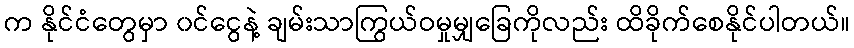
က နိုင်ငံတွေမှာ ၀င်ငွေနဲ့ ချမ်းသာကြွယ်ဝမှုမျှခြေကိုလည်း ထိခိုက်စေနိုင်ပါတယ်။